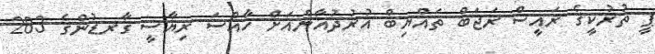
ޕީ ތުރުކީގެ ރައީސް ރަޖަބް ތައްޔިބް އުރުދުޣާންއަށް ޚާއްސަ ރިޔާސީ ގާރޑުންގެ 283